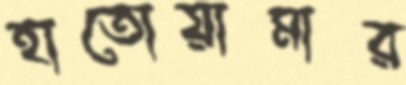
হাতোয়ামার